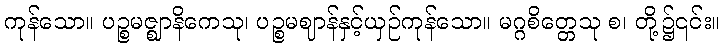
ကုန်သော။ ပဉ္စမဇ္ဈာနိကေသု၊ ပဉ္စမဈာန်နှင့်ယှဉ်ကုန်သော။ မဂ္ဂစိတ္တေသု စ၊ တို့၌၎င်း။